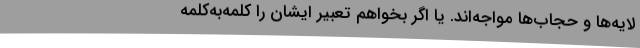
لایه‌ها و حجاب‌ها مواجه‌اند. یا اگر بخواهم تعبیر ایشان را کلمه‌به‌کلمه